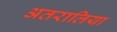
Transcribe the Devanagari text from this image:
अतरालिया